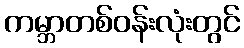
ကမ္ဘာတစ်ဝန်းလုံးတွင်